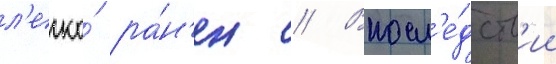
л'егко́ ра́н'ен // Впосл'е́дств'ии